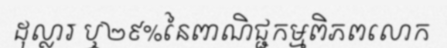
ដុល្លារ ឬ២៩%នៃពាណិជ្ជកម្មពិភពលោក